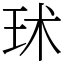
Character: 㺷